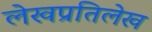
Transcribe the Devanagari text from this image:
लेखप्रतिलेख